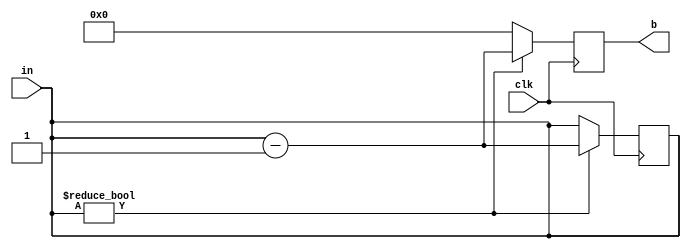
module forb(b,in,clk);
output reg [15:0] b;
input clk;
input [15:0] in;
reg [15:0] temp;

always@(in)
begin
temp=in;
end

always@(posedge clk)

begin
#25;
if(temp!=0)
begin
b <= temp -1;
temp<= temp-1;
end 
else
b<=16'b0;
end


endmodule